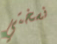
نسختي